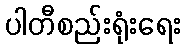
ပါတီစည်းရုံးရေး